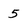
Character: 5